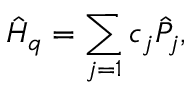
\hat { H } _ { q } = \sum _ { j = 1 } c _ { j } \hat { P } _ { j } ,